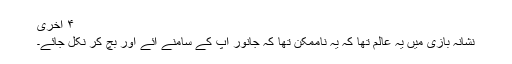
۴ آخری
نشانہ بازی میں یہ عالم تھا کہ یہ ناممکن تھا کہ جانور آپؒ کے سامنے آئے اور بچ کر نکل جائے۔